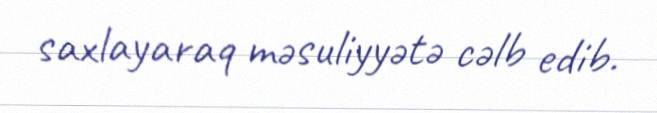
saxlayaraq məsuliyyətə cəlb edib.